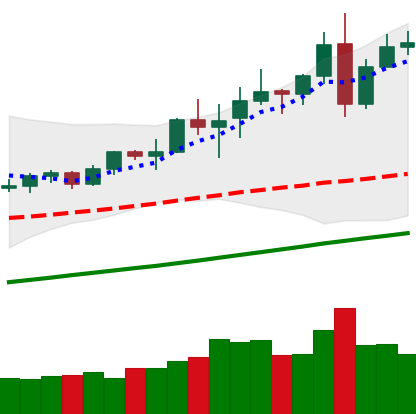
Ticker: TRX-USD
Chart end date: 2020-08-05
Forward return: 5.213%
Label: up_5_7